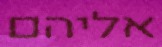
אליהם